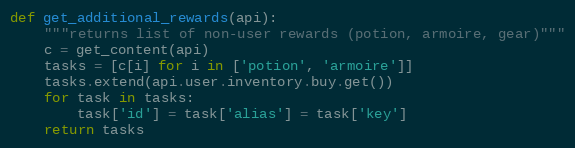
Language: Python
def get_additional_rewards(api):
    """returns list of non-user rewards (potion, armoire, gear)"""
    c = get_content(api)
    tasks = [c[i] for i in ['potion', 'armoire']]
    tasks.extend(api.user.inventory.buy.get())
    for task in tasks:
        task['id'] = task['alias'] = task['key']
    return tasks